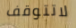
لاتتوقف